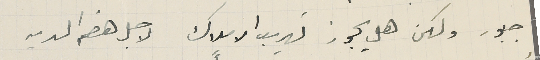
جبور ولكن هل يجوز تهريب الاملاك لاجل هضم الدين